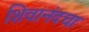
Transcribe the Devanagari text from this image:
शिवानंदचा